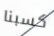
كسبنا